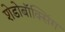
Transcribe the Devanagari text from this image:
शेडोबॉक्सिंग